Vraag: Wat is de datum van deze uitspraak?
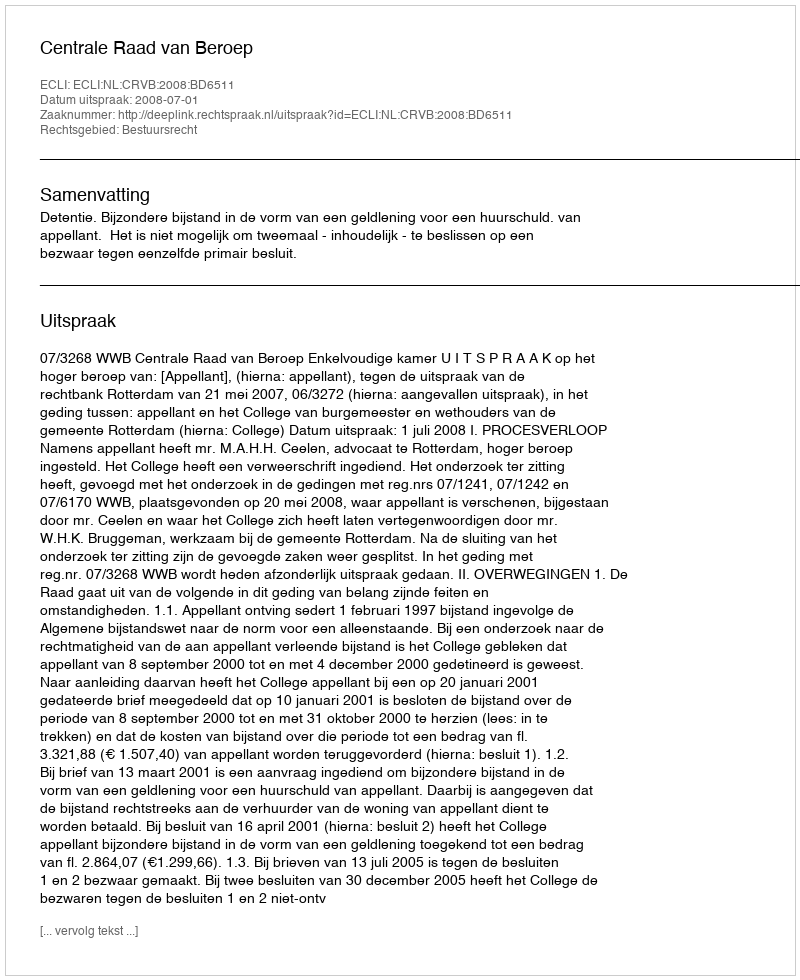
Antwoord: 2008-07-01